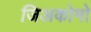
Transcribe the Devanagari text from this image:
जिअकोमो